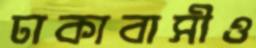
ঢাকাবাসীও